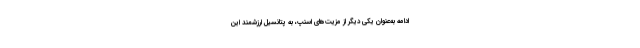
ادامه به‌عنوان یکی دیگر از مزیت‌های اسنپ، به پتانسیل ارزشمند این